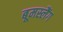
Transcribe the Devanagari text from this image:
बूमस्लैंग